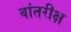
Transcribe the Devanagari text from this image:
वांतरीक्ष